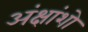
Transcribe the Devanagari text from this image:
अंक्षांशो